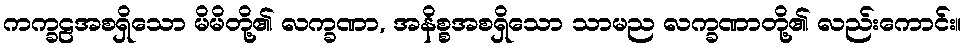
ကက္ခဠအစရှိသော မိမိတို့၏ လက္ခဏာ, အနိစ္စအစရှိသော သာမည လက္ခဏာတို့၏ လည်းကောင်း။